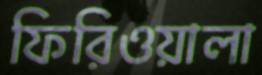
ফিরিওয়ালা